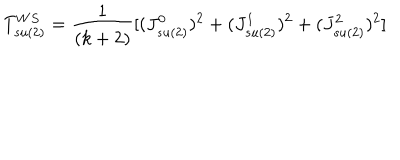
LaTeX: T _ { s u ( 2 ) } ^ { W S } = { \frac { 1 } { ( k + 2 ) } } [ ( J _ { s u ( 2 ) } ^ { 0 } ) ^ { 2 } + ( J _ { s u ( 2 ) } ^ { 1 } ) ^ { 2 } + ( J _ { s u ( 2 ) } ^ { 2 } ) ^ { 2 } ]